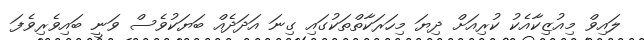
ލައިވް މިއުޒިކާއެކު ކުރިއަށް ދިޔަ މިހަރަކާތްތަކުގައި ގިނަ އަދަދެއް ބަޔަކުވެސް ވަނީ ބައިވެރިވެފަ